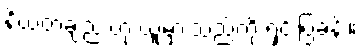
နိယတချည်းဟု ယူမှားသည်ကို ရှင်းပြခန်း။